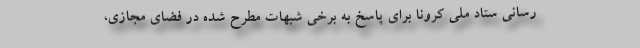
رسانی ستاد ملی کرونا برای پاسخ به برخی شبهات مطرح شده در فضای مجازی،